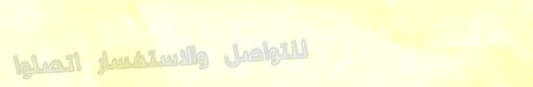
للتواصل والاستفسار اتصلوا